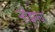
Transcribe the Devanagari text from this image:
ऱ्होड्सचा